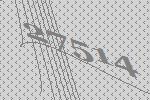
27514